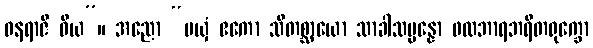
ဝနရာဇိ ဝိယ”။ အညော “မယှံ ဧကော သီတစ္ဆာယော သာခါသမ္ပန္နော ဖလဘာရဘရိတရုက္ခော